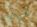
أسرعت